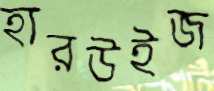
হারউইজ